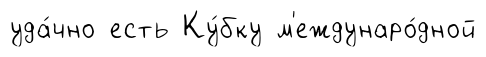
уда́чно есть Ку́бку м'еждунаро́дной